Report on sanitation, dispensaries, and jails in Rajputana for 1919, and on vaccination for the year 1919-1920 - 1919-1920
Year: 1919
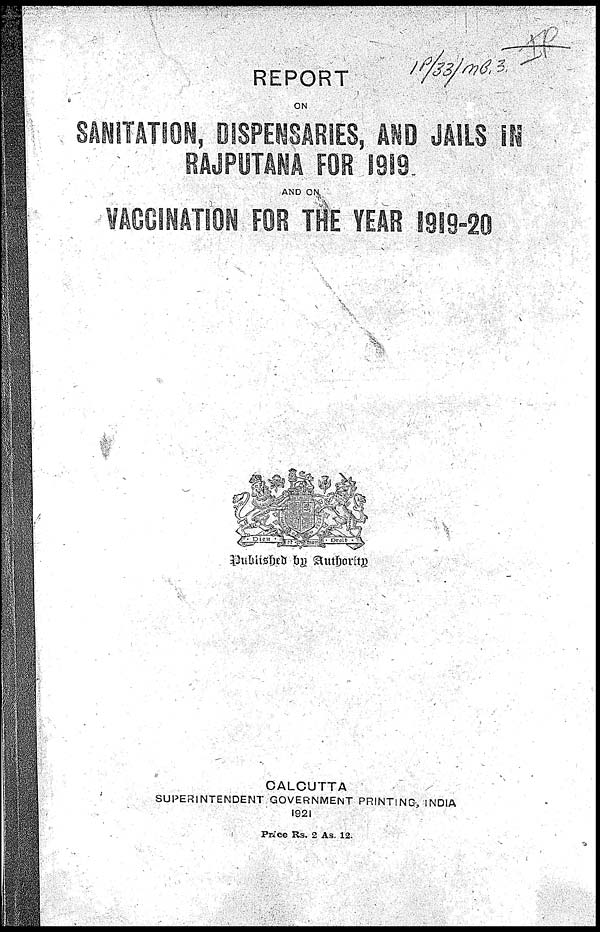
REPORT
ON
SANITATION,DISPENSARIES, AND JAILS IN
RAJPUTANA FOR 1919
AND ON
VACCINATION FOR THE YEAR 1919-20
Published by Authority
CALCUTTA
SUPERINTENDENT GOVERNMENT PRINTING, INDIA
1921
Price Rs. 2 As. 12.